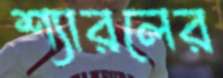
শ্যারলের